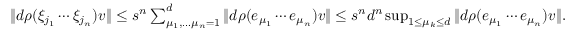
\begin{array} { r } { \| d \rho ( \xi _ { j _ { 1 } } \cdots \xi _ { j _ { n } } ) v \| \leq s ^ { n } \sum _ { \mu _ { 1 } , \ldots \mu _ { n } = 1 } ^ { d } \| d \rho ( e _ { \mu _ { 1 } } \cdots e _ { \mu _ { n } } ) v \| \leq s ^ { n } d ^ { n } \operatorname* { s u p } _ { 1 \leq \mu _ { k } \leq d } \| d \rho ( e _ { \mu _ { 1 } } \cdots e _ { \mu _ { n } } ) v \| . } \end{array}